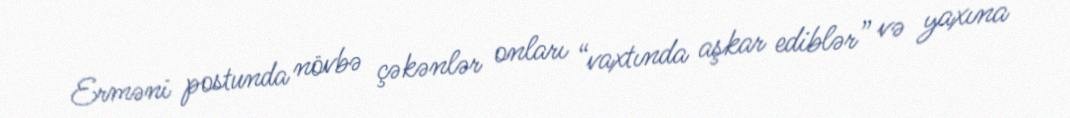
Erməni postunda növbə çəkənlər onları “vaxtında aşkar ediblər” və yaxına